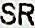
SR